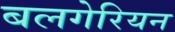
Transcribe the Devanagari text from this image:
बलगेरियन